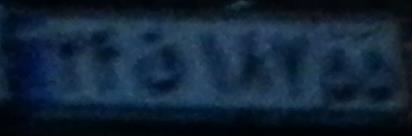
۲۴ق۱۸۷۵۵